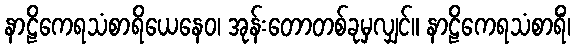
နာဠိကေရသံစာရိယေနေဝ၊ အုန်းတောတစ်ခုမှလျှင်။ နာဠိကေရသံစာရိံ၊